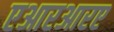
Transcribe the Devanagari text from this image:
एआरआरए